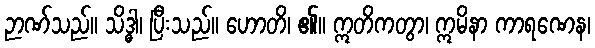
ဉာဏ်သည်။ သိဒ္ဓါ၊ ပြီးသည်။ ဟောတိ၊ ၏။ ဣတိကတွာ၊ ဣမိနာ ကာရဏေန၊